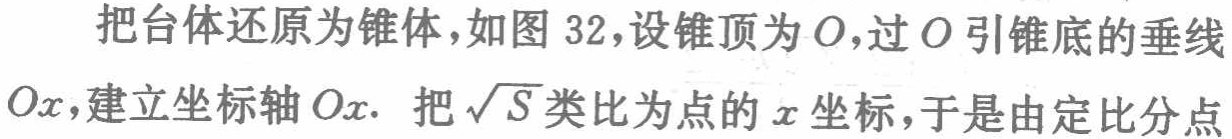
把台体还原为锥体，如图 32，设锥顶为 \(O\)，过 \(O\) 引锥底的垂线 \(Ox\)，建立坐标轴 \(Ox\). 把 \(\sqrt{S}\) 类比为点的 \(x\) 坐标，于是由定比分点